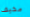
مخيف